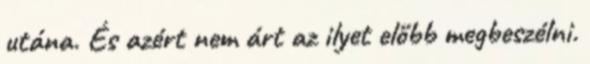
utána. És azért nem árt az ilyet előbb megbeszélni.